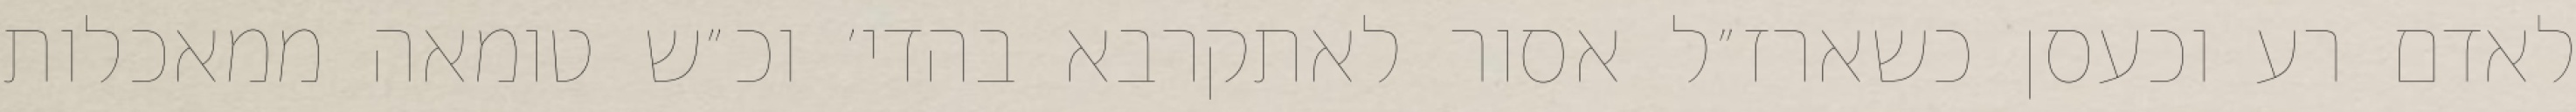
לאדם רע וכעסן כשארז״ל אסור לאתקרבא בהדי׳ וכ״ש טומאה ממאכלות